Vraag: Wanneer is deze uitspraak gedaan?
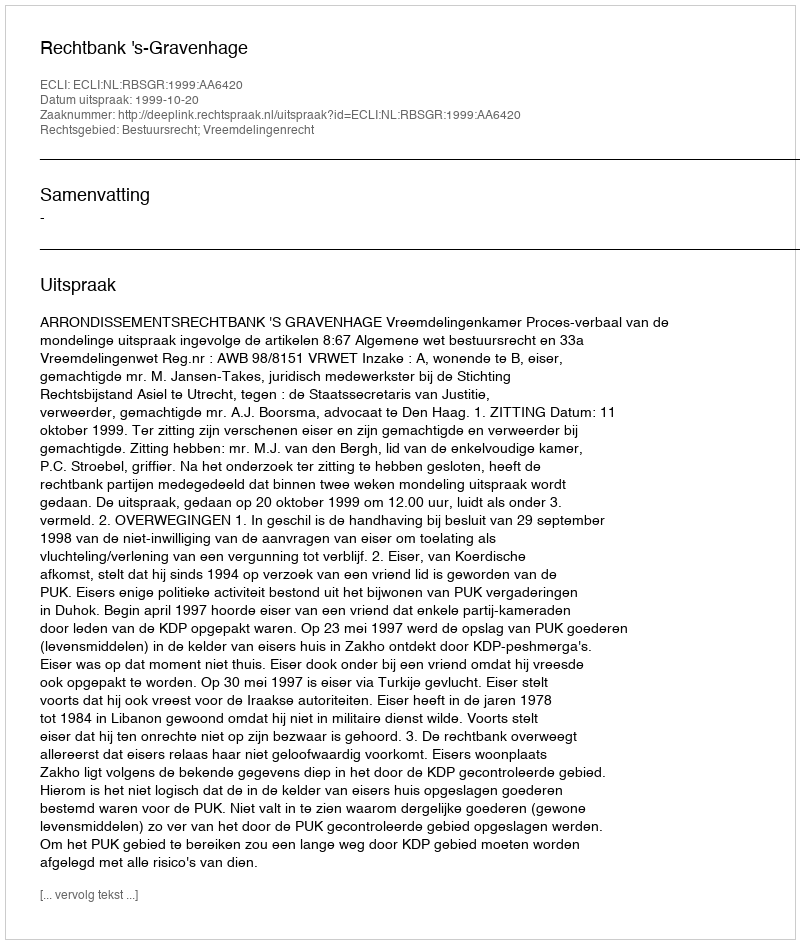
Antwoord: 1999-10-20